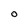
Character: O